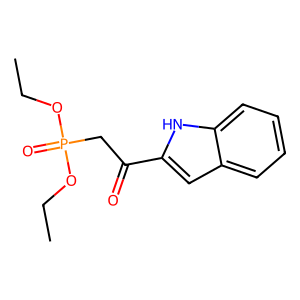
SMILES: CCOP(=O)(CC(=O)c1cc2ccccc2[nH]1)OCC
Inhibits HIV replication: No